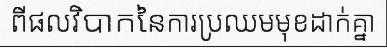
ពីផលវិបាកនៃការប្រឈមមុខដាក់គ្នា